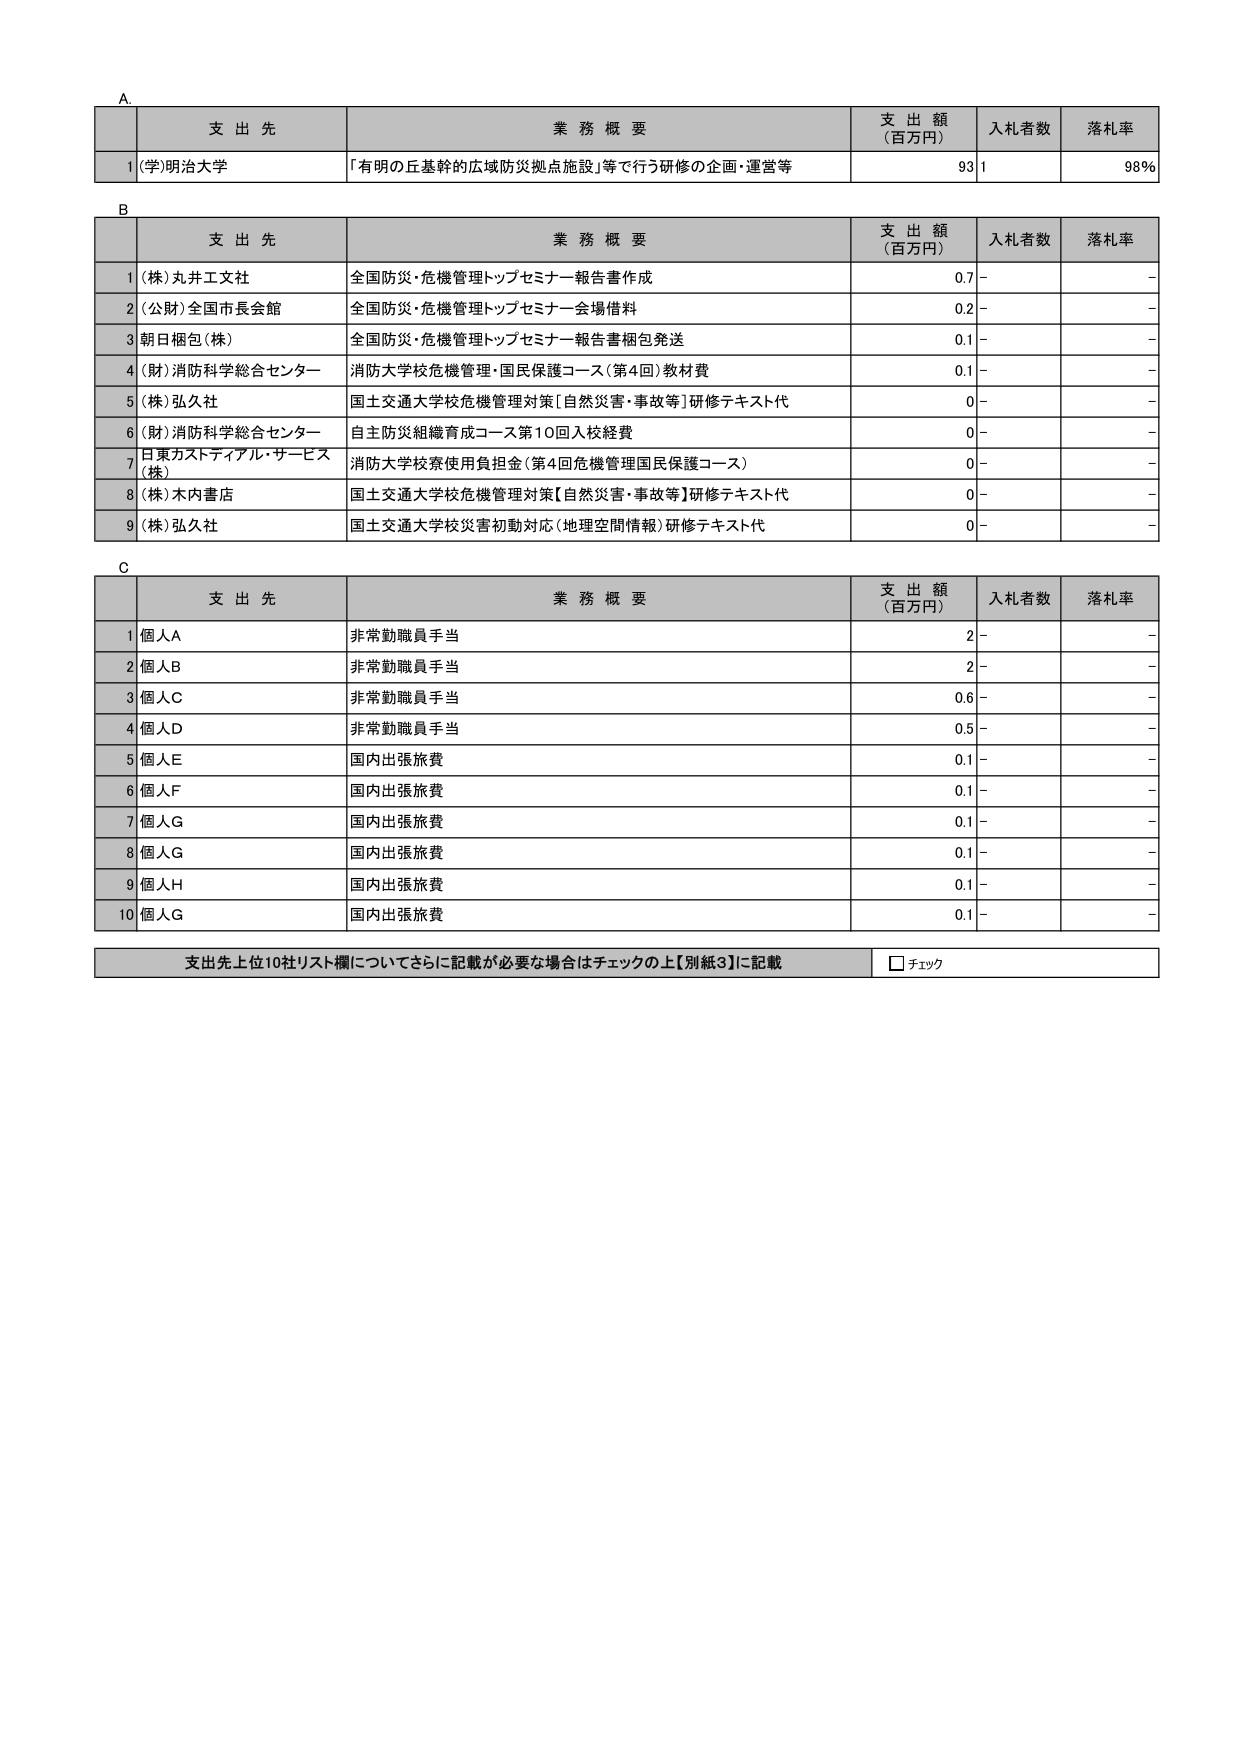
A.

支 出 先 業 務 概 要 支 出 額 （百万円） 入札者数 落札率
1 (学)明治大学 「有明の丘基幹的広域防災拠点施設」等で行う研修の企画・運営等 93 1 98%

B

支 出 先 業 務 概 要 支 出 額 （百万円） 入札者数 落札率
1 (株)丸井工文社 全国防災・危機管理トップセミナー報告書作成 0.7 - -
2 (公財)全国市長会館 全国防災・危機管理トップセミナー会場借料 0.2 - -
3 朝日梱包(株) 全国防災・危機管理トップセミナー報告書梱包発送 0.1 - -
4 (財)消防科学総合センター 消防大学校危機管理・国民保護コース(第4回)教材費 0.1 - -
5 (株)弘久社 国土交通大学校危機管理対策[自然災害・事故等]研修テキスト代 0 - -
6 (財)消防科学総合センター 自主防災組織育成コース第10回入校経費 0 - -
7 日東万ストディアル・サービス(株) 消防大学校寮使用負担金(第4回危機管理国民保護コース) 0 - -
8 (株)木内書店 国土交通大学校危機管理対策【自然災害・事故等】研修テキスト代 0 - -
9 (株)弘久社 国土交通大学校災害初動対応(地理空間情報)研修テキスト代 0 - -

C

支 出 先 業 務 概 要 支 出 額 （百万円） 入札者数 落札率
1 個人A 非常勤職員手当 2 - -
2 個人B 非常勤職員手当 2 - -
3 個人C 非常勤職員手当 0.6 - -
4 個人D 非常勤職員手当 0.5 - -
5 個人E 国内出張旅費 0.1 - -
6 個人F 国内出張旅費 0.1 - -
7 個人G 国内出張旅費 0.1 - -
8 個人G 国内出張旅費 0.1 - -
9 個人H 国内出張旅費 0.1 - -
10 個人G 国内出張旅費 0.1 - -

支出先上位10社リスト欄についてさらに記載が必要な場合はチェックの上【別紙3】に記載 □ チェック